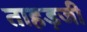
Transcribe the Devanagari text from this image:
ताहड़जी